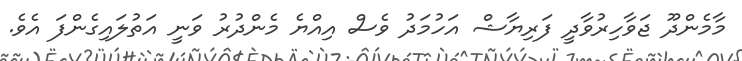
މާމެންދޫ ޖަވާހިރުވާދީ ފަރިޔާޝް އަހުމަދު ވެސް އިއްޔެ މެންދުރު ވަނީ އަތުލައިގެންފަ އެވެ.